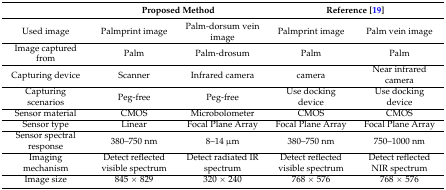
<table><thead><tr><td></td><td colspan="2"><b>Proposed Method</b></td><td colspan="2"><b>Reference [19]</b></td></tr></thead><tbody><tr><td>Used image</td><td>Palmprint image</td><td>Palm-dorsum vein image</td><td>Palmprint image</td><td>Palm vein image</td></tr><tr><td>Image captured from</td><td>Palm</td><td>Palm-drosum</td><td>Palm</td><td>Palm</td></tr><tr><td>Capturing device</td><td>Scanner</td><td>Infrared camera</td><td>camera</td><td>Near infrared camera</td></tr><tr><td>Capturing scenarios</td><td>Peg-free</td><td>Peg-free</td><td>Use docking device</td><td>Use docking device</td></tr><tr><td>Sensor material</td><td>CMOS</td><td>Microbolometer</td><td>CMOS</td><td>CMOS</td></tr><tr><td>Sensor type</td><td>Linear</td><td>Focal Plane Array</td><td>Focal Plane Array</td><td>Focal Plane Array</td></tr><tr><td>Sensor spectral response</td><td>380–750 nm</td><td>8–14 μm</td><td>380–750 nm</td><td>750–1000 nm</td></tr><tr><td>Imaging mechanism</td><td>Detect reflected visible spectrum </td><td>Detect radiated IR spectrum</td><td>Detect reflected visible spectrum</td><td>Detect reflected NIR spectrum</td></tr><tr><td>Image size</td><td>845 × 829</td><td>320 × 240</td><td>768 × 576</td><td>768 × 576</td></tr></tbody></table>